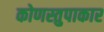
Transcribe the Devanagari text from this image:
कोणस्तुपाकार